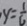
y = \frac { 1 } { 6 }